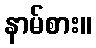
နာမ်စား။